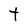
Character: t